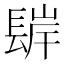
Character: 𨲊